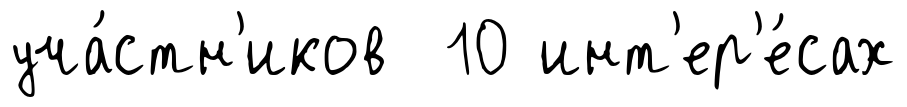
уча́стн'иков 10 инт'ер'е́сах